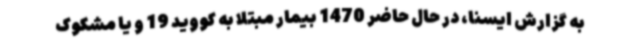
به گزارش ایسنا، در حال حاضر 1470 بیمار مبتلا به کووید 19 و یا مشکوک